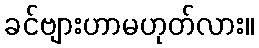
ခင်ဗျားဟာမဟုတ်လား။